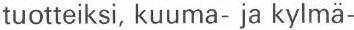
tuotteiksi, kuuma- ja kylmä-